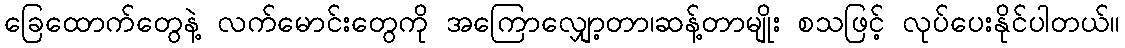
ခြေထောက်တွေနဲ့ လက်မောင်းတွေကို အကြောလျှော့တာ၊ဆန့်တာမျိုး စသဖြင့် လုပ်ပေးနိုင်ပါတယ်။